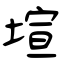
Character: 塇